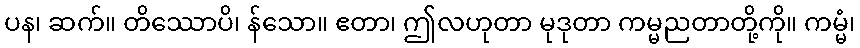
ပန၊ ဆက်။ တိဿောပိ၊ န်သော။ ဧတာ၊ ဤလဟုတာ မုဒုတာ ကမ္မညတာတို့ကို။ ကမ္မံ၊